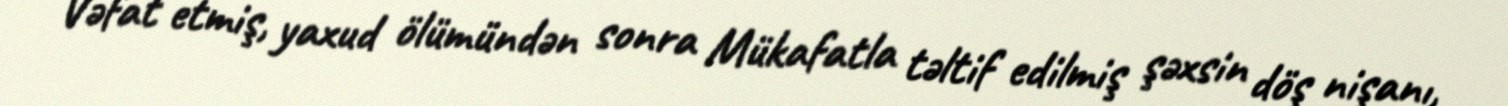
Vəfat etmiş, yaxud ölümündən sonra Mükafatla təltif edilmiş şəxsin döş nişanı,